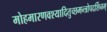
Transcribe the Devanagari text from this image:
मोहमारणवश्यादितुच्छमन्त्रोपदर्शिनम्